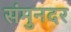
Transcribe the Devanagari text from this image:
संमुनदर